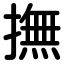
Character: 撫